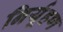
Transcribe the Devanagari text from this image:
निर्यूहण